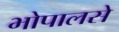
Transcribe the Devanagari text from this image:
भोपालसे